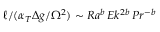
\ell / ( \alpha _ { T } \Delta g / \Omega ^ { 2 } ) \sim R a ^ { b } \, E k ^ { 2 b } \, P r ^ { - b }